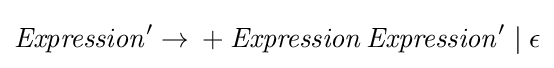
{\mathit {Expression}}'\rightarrow {}+{\mathit {Expression}}\,{\mathit {Expression}}'\mid \epsilon